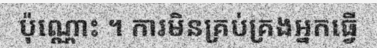
ប៉ុណ្ណោះ ។ ការមិនគ្រប់គ្រងអ្នកធ្វើ